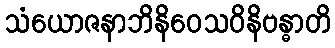
သံယောဇနာဘိနိဝေသဝိနိဗန္ဓာတိ